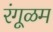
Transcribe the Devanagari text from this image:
रंगूळम